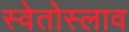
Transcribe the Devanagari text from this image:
स्वेतोस्लाव